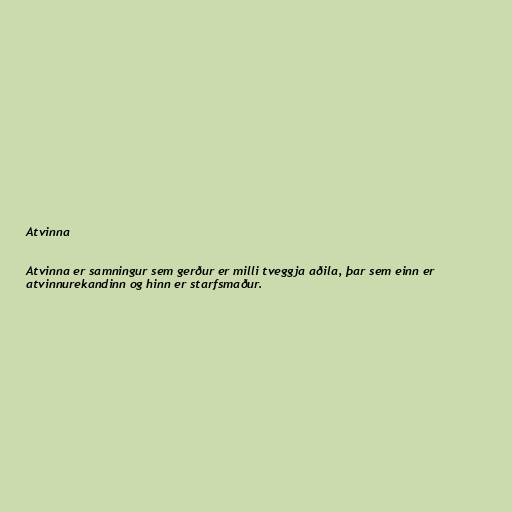
Atvinna

Atvinna er samningur sem gerður er milli tveggja aðila, þar sem einn er
atvinnurekandinn og hinn er starfsmaður.